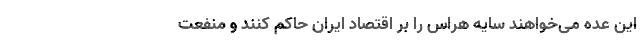
این عده می‌خواهند سایه هراس را بر اقتصاد ایران حاکم کنند و منفعت